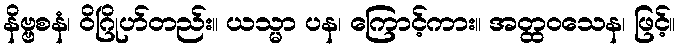
နိဗ္ဗစနံ၊ ဝိဂြိုဟ်တည်း။ ယသ္မာ ပန၊ ကြောင့်ကား။ အတ္ထဝသေန၊ ဖြင့်။